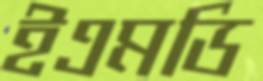
ইএমডি